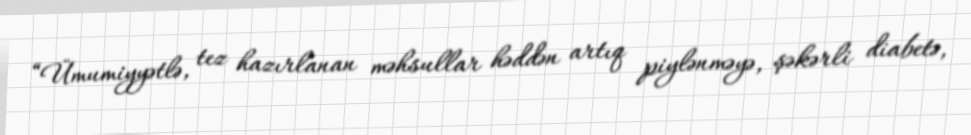
“Ümumiyyətlə, tez hazırlanan məhsullar həddən artıq piylənməyə, şəkərli diabetə,